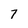
Character: 7